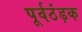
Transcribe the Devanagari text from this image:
पूर्वठंड़क